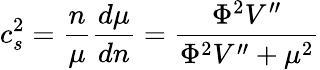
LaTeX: c_{s}^{2}=\frac n\mu\frac{d\mu}{dn}=\frac{\Phi^{2}V^{\prime\prime}}{\Phi^{2}V^{\prime\prime}+\mu^{2}}